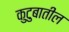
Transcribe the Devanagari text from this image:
कुटुबातील